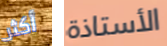
أكثر الأستاذة